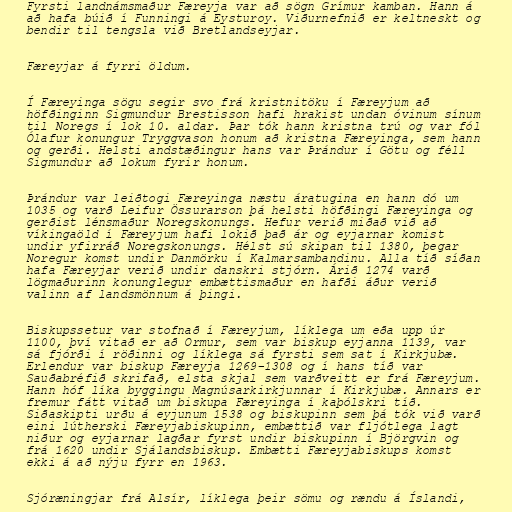
Fyrsti landnámsmaður Færeyja var að sögn Grímur kamban. Hann á
að hafa búið í Funningi á Eysturoy. Viðurnefnið er keltneskt og
bendir til tengsla við Bretlandseyjar.

Færeyjar á fyrri öldum.

Í Færeyinga sögu segir svo frá kristnitöku í Færeyjum að
höfðinginn Sigmundur Brestisson hafi hrakist undan óvinum sínum
til Noregs í lok 10. aldar. Þar tók hann kristna trú og var fól
Ólafur konungur Tryggvason honum að kristna Færeyinga, sem hann
og gerði. Helsti andstæðingur hans var Þrándur í Götu og féll
Sigmundur að lokum fyrir honum.

Þrándur var leiðtogi Færeyinga næstu áratugina en hann dó um
1035 og varð Leifur Össurarson þá helsti höfðingi Færeyinga og
gerðist lénsmaður Noregskonungs. Hefur verið miðað við að
víkingaöld í Færeyjum hafi lokið það ár og eyjarnar komist
undir yfirráð Noregskonungs. Hélst sú skipan til 1380, þegar
Noregur komst undir Danmörku í Kalmarsambandinu. Alla tíð síðan
hafa Færeyjar verið undir danskri stjórn. Árið 1274 varð
lögmaðurinn konunglegur embættismaður en hafði áður verið
valinn af landsmönnum á þingi.

Biskupssetur var stofnað í Færeyjum, líklega um eða upp úr
1100, því vitað er að Ormur, sem var biskup eyjanna 1139, var
sá fjórði í röðinni og líklega sá fyrsti sem sat í Kirkjubæ.
Erlendur var biskup Færeyja 1269–1308 og í hans tíð var
Sauðabréfið skrifað, elsta skjal sem varðveitt er frá Færeyjum.
Hann hóf líka byggingu Magnúsarkirkjunnar í Kirkjubæ. Annars er
fremur fátt vitað um biskupa Færeyinga í kaþólskri tíð.
Siðaskipti urðu á eyjunum 1538 og biskupinn sem þá tók við varð
eini lútherski Færeyjabiskupinn, embættið var fljótlega lagt
niður og eyjarnar lagðar fyrst undir biskupinn í Björgvin og
frá 1620 undir Sjálandsbiskup. Embætti Færeyjabiskups komst
ekki á að nýju fyrr en 1963.

Sjóræningjar frá Alsír, líklega þeir sömu og rændu á Íslandi,